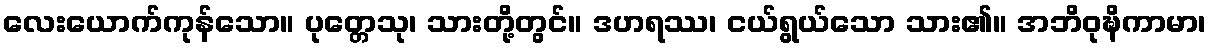
လေးယောက်ကုန်သော။ ပုတ္တေသု၊ သားတို့တွင်။ ဒဟရဿ၊ ငယ်ရွယ်သော သား၏။ အဘိဝုဍ္ဎိကာမာ၊